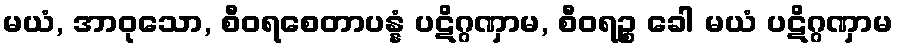
မယံ, အာဝုသော, စီဝရစေတာပန္နံ ပဋိဂ္ဂဏှာမ, စီဝရဉ္စ ခေါ မယံ ပဋိဂ္ဂဏှာမ